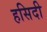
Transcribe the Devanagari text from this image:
हसिदी